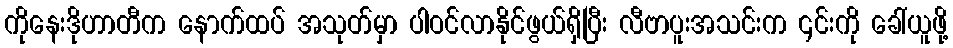
ကိုနေးဒိုဟာတီက နောက်ထပ် အသုတ်မှာ ပါဝင်လာနိုင်ဖွယ်ရှိပြီး လီဗာပူးအသင်းက ၎င်းကို ခေါ်ယူဖို့